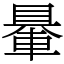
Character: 䡞